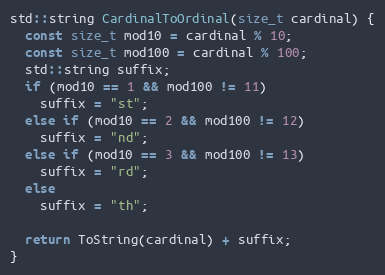
Language: C++
std::string CardinalToOrdinal(size_t cardinal) {
  const size_t mod10 = cardinal % 10;
  const size_t mod100 = cardinal % 100;
  std::string suffix;
  if (mod10 == 1 && mod100 != 11)
    suffix = "st";
  else if (mod10 == 2 && mod100 != 12)
    suffix = "nd";
  else if (mod10 == 3 && mod100 != 13)
    suffix = "rd";
  else
    suffix = "th";

  return ToString(cardinal) + suffix;
}